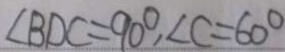
\angle B D C = 9 0 ^ { \circ } , \angle C = 6 0 ^ { \circ }